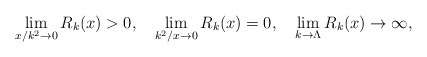
\begin{align*}\lim_{x/k^2\to 0} R_k(x)>0,\quad\lim_{k^2/x\to 0} R_k(x)=0, \quad\lim_{k\to\Lambda} R_k(x)\to \infty,\end{align*}